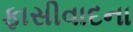
ફાસીવાદના